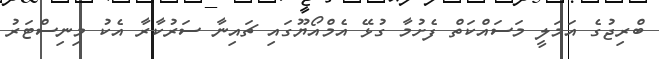
ބްރިޖުގެ އަމަލީ މަސައްކަތް ފެށުމާ ގުޅޭ އެމްއޯޔޫގައި ޗައިނާ ސަރުކާރާ އެކު މިނިސްޓަރު